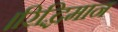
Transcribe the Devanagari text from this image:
।रिद्धिमान